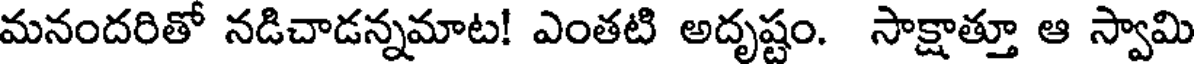
మనందరితో నడిచాడన్నమాట! ఎంతటి అదృష్టం. సాక్షాత్తూ ఆ స్వామి